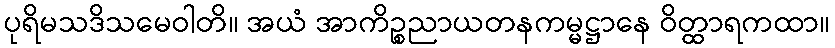
ပုရိမသဒိသမေဝါတိ။ အယံ အာကိဉ္စညာယတနကမ္မဋ္ဌာနေ ဝိတ္ထာရကထာ။